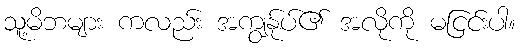
သူ့မိဘများ ကလည်း အကျွန်ုပ်၏ အလိုကို မငြင်းပါ။